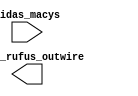
module cascade (midas_macys,kappa_rufus_outwire);
  input midas_macys;
  output kappa_rufus_outwire;
endmodule